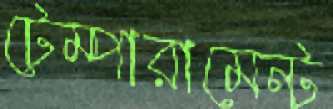
টেম্পারামেন্ট